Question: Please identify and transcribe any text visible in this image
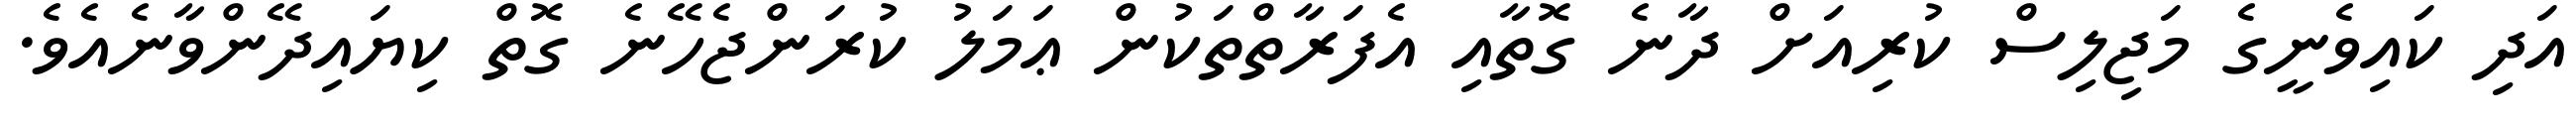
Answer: އަދި ކައިވެނީގެ މަޖިލިސް ކުރިއަށް ދާނެ ގޮތާއި އެފަރާތްތަކުން ޢަމަލު ކުރަންޖެހޭނެ ގޮތް ކިޔައިދޭންވާނެއެވެ.